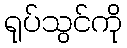
ရုပ်သွင်ကို